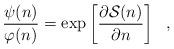
LaTeX: \begin{align*}\frac{\psi(n)}{\varphi(n)}=\exp\left [\frac{\partial {\cal S}(n)}{\partial n} \right ] \ \ ,\end{align*}